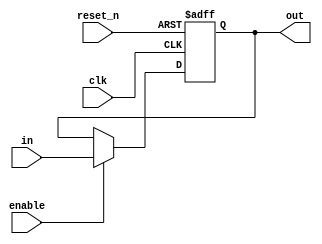
module register_e(in, out, clk, reset_n, enable);

parameter dw = 8 ;

input [dw-1:0] in;
input clk;
input reset_n;
input enable;

output reg [dw-1:0] out;

always @(posedge clk or negedge reset_n)
begin
	if (!reset_n)
		out <= 0;
	else if (enable)
		out <= in;
//	else
//		out <= {dw{1'bx}};
end

endmodule